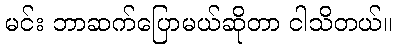
မင်း ဘာဆက်ပြောမယ်ဆိုတာ ငါသိတယ်။